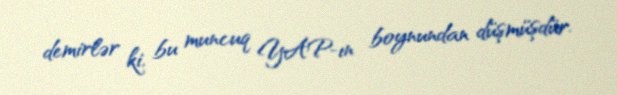
demirlər ki, bu muncuq YAP-ın boynundan düşmüşdür.